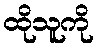
ထိုသူကို